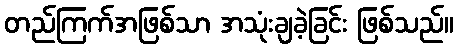
တည်ကြက်အဖြစ်သာ အသုံးချခဲ့ခြင်း ဖြစ်သည်။